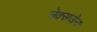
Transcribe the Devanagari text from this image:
नेक्सजेन